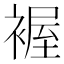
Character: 𧛐